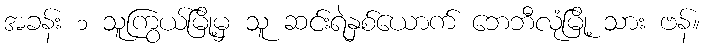
အခန်း ၁ သူကြွယ်မြို့မှ သူ ဆင်းရဲနှစ်ယောက် ဘေဘီလုံမြို့ သား ဗန်။